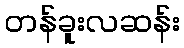
တန်ခူးလဆန်း